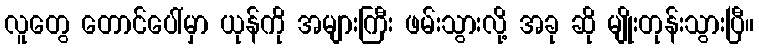
လူတွေ တောင်ပေါ်မှာ ယုန်ကို အများကြီး ဖမ်းသွားလို့ အခု ဆို မျိုးတုန်းသွားပြီ။